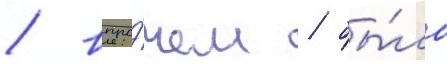
/ впро́чем / бы́ло